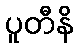
ပူတီနိ